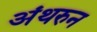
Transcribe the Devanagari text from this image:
अंथरुन